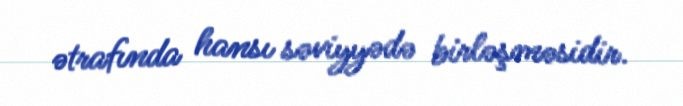
ətrafında hansı səviyyədə birləşməsidir.